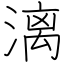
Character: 漓